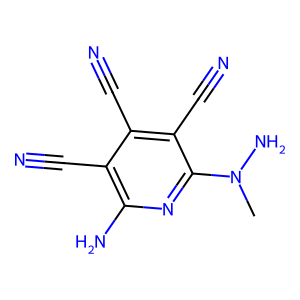
SMILES: CN(N)c1nc(N)c(C#N)c(C#N)c1C#N
Inhibits HIV replication: No